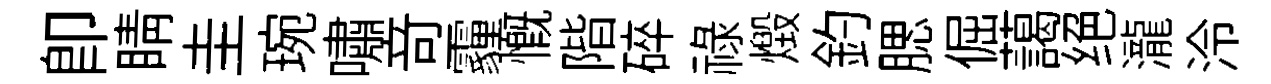
卽睛圭琬嘯竒霾慨階碎禄燬釣腮倔藹绝瀧泠